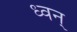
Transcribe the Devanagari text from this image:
ध्वन्